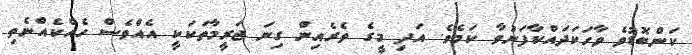
ކަންބޮޑުވެ ވާހަކަދައްކާފަނުވާ ކަމެވެ. އަދި މީގެ ތެރެއިން ގިނަ ޖަރީމާތަކަކީ އެއްވެސް ހެއްކެއްނެތި